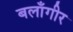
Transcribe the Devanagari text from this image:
बलाँगीर